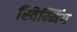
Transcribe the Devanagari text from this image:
स्विम्मिंग